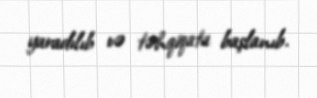
yaradılıb və təhqiqata başlanıb.